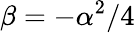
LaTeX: \beta=-\alpha^{2}/4